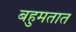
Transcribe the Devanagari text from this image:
बहुमतात